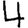
Digit: 4